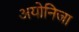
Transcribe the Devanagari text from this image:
अयोनिजा